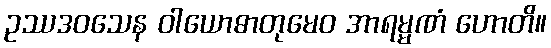
ဥဿဒဝသေန ဝါယောဓာတုမေဝ အာရမ္မဏံ ဟောတိ။